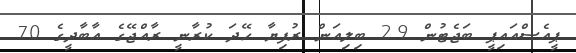
ޕީއެސްއައިޕީ ބަޖެޓުން 2.9 ބިލިއަން ރުފިޔާ ހޭދަ ކުރާނީ ރާއްޖޭގެ އާބާދީގެ 70